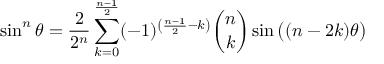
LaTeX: \sin ^ { n } \theta = { \frac { 2 } { 2 ^ { n } } } \sum _ { k = 0 } ^ { \frac { n - 1 } { 2 } } ( - 1 ) ^ { \left( { \frac { n - 1 } { 2 } } - k \right) } { \binom { n } { k } } \sin { { \big ( } ( n - 2 k ) \theta { \big ) } }